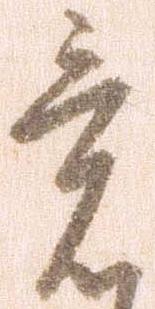
意